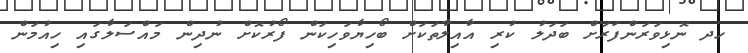
ހދ ނޮޅިވަރަންފަރަށް ބަދަލު ކުރި އާއިލާތަކަށް ބޯހިޔާވަހިކަން ފޯރުކޮށް ނުދިން މައްސަލާގައި ހިއުމަން